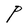
Character: P